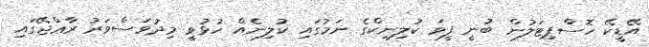
އޭޑީކޭ ހޮސްޕިޓަލުން ބުނީ ފީވަ ކުލިނިކްގެ ނަމުގައި ކުލިނެއް ހުޅުވީ މިދުވަސްވަރު ރާޢްޖޭގައި